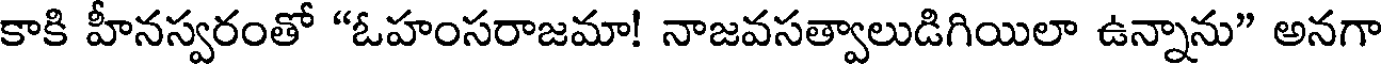
కాకి హీనస్వరంతో "ఓహంసరాజమా! నాజవసత్వాలుడిగియిలా ఉన్నాను" అనగా